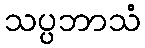
သပ္ပဘာသံ